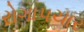
રોગાપચાર